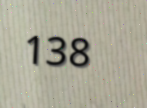
138